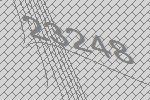
23248